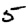
Digit: 5